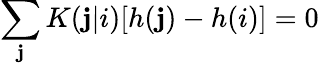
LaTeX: \sum_{\mathbf{j}}K(\mathbf{j}|i)[h(\mathbf{j})-h(i)]=0